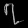
Digit: ၇